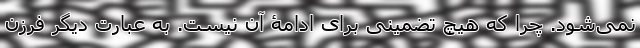
نمی‌شود. چرا که هیچ تضمینی برای ادامۀ آن نیست. به عبارت دیگر فرزن